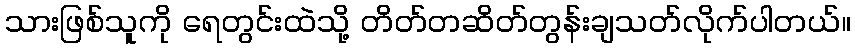
သားဖြစ်သူကို ရေတွင်းထဲသို့ တိတ်တဆိတ်တွန်းချသတ်လိုက်ပါတယ်။